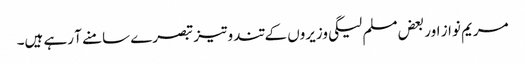
مریم نواز اور بعض مسلم لیگی وزیروں کے تند و تیز تبصرے سامنے آ رہے ہیں۔